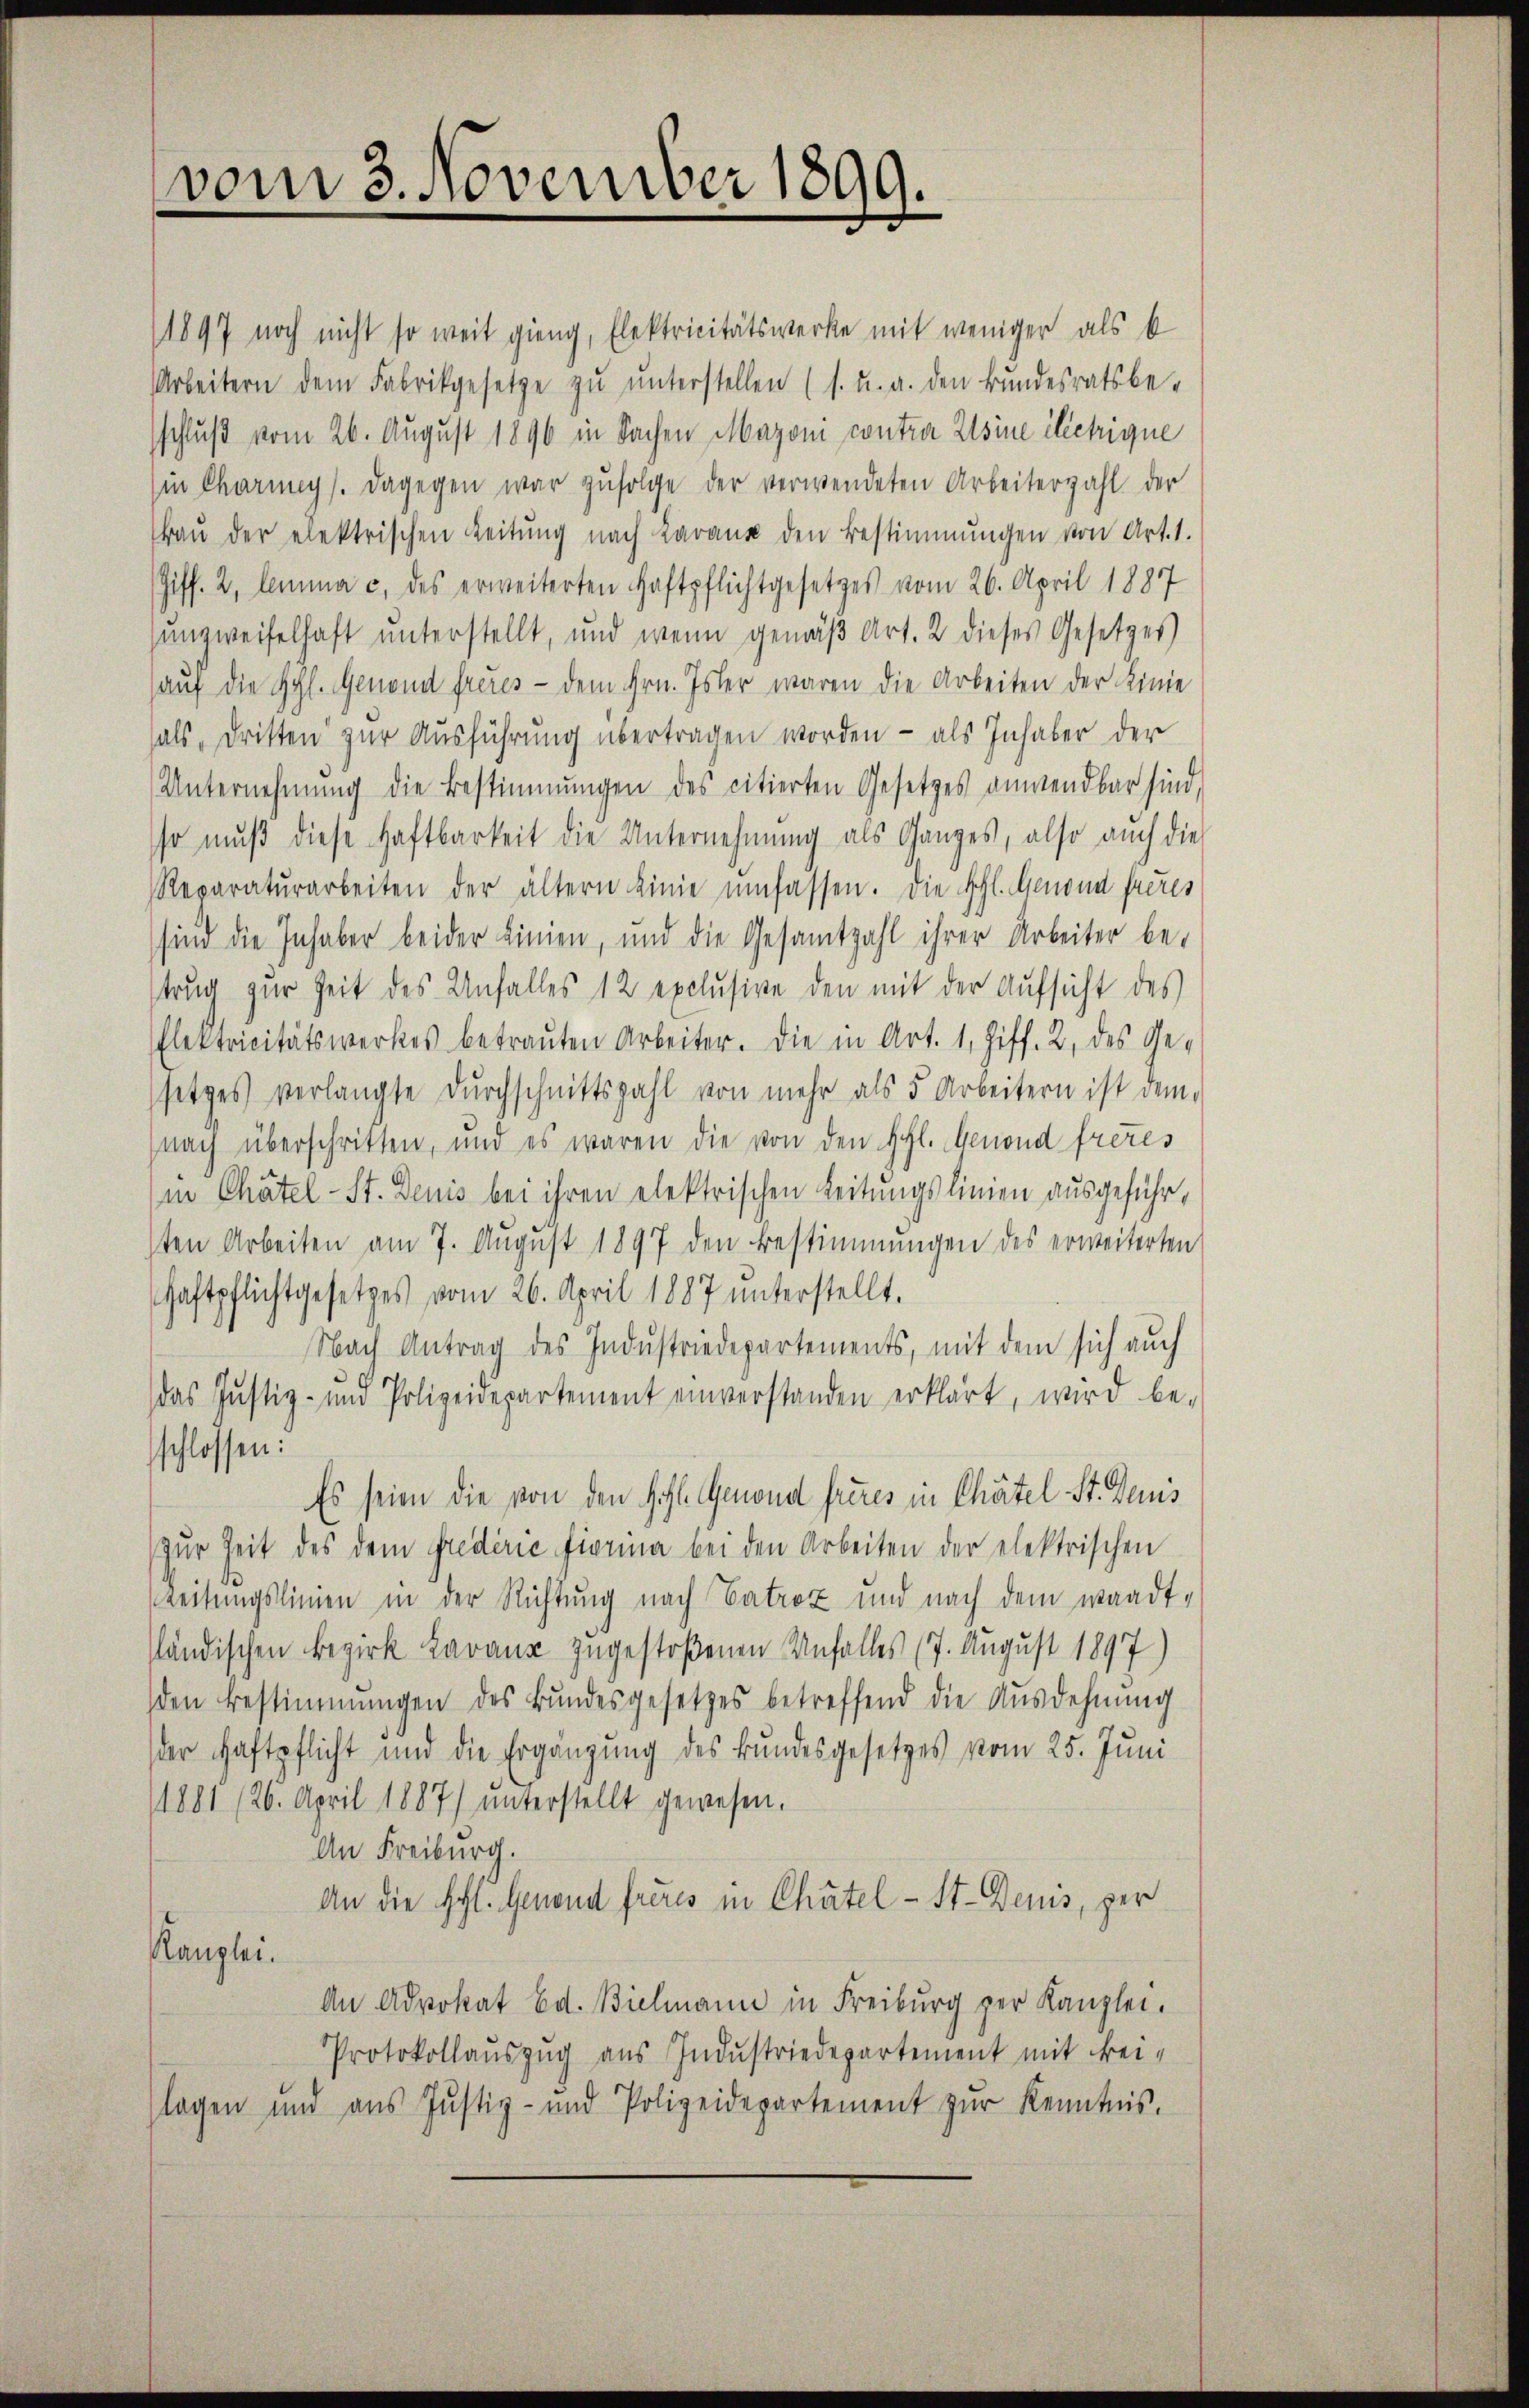
vom 3. November 1899.

1897 noch nicht so weit gieng, Elektricitätswerke mit weniger als k
Arbeitern dem Fabrikgesetze zŭ ŭnterstellen (s. u. a. den Bŭndesratsbe-
schluß vom 26. August 1896 in Sachen Mazoni contra Zlsine illetrigue
in Charings. Dagegen war zŭfolge der verwendeten Arbeiterzahl der
baŭ der elektrischen Leitŭng nach daran den Bestimmungen von Art. 1.
(Giff. 2, lemma c. des erweiterten Haftpflichtgesetzes vom 26. April 1887
unzweifelhaft unterstellt, und wenn gemäβ Art. 2 dieses Gesetzes
auf die Kgl. Genamt freies - dem Hrn. Isler waren die Arbeiten der Linie
als, dritten zur Ausführung übertragen worden - als Inhaber der
Unternehmung die Bestimmungen des citierten Gesetzes anwendbar sind,
so muß diese Haftbarkeit die Unternehmung als Ganzes, also auch die
Reparatŭrarbeiten der ältern Linie umfassen. Die Kgl. Genone frères
sind die Inhaber beider Linien, und die Gesamtzahl ihrer Arbeiter be-
trug zur Zeit des Unfalles 12 exclusive den mit der Aufsicht des
Elektricitätswerkes betraŭten Arbeiter. Die in Art. 1, Ziff. 2, des Ge-
setzes verlangte durchschnittszahl von mehr als 5 Arbeitern ist dem
nach überschritten, und es waren die von den Gl. Genond freies
in Chätel-St. Denis bei ihren elektrischen Leitungslinien ausgeführsten Arbeiten am 7. Aŭgŭst 1897 den Bestimmungen des erweiterten
Haftpflichtgesetzes vom 26. April 1887 ŭnterstellt.
Nach Antrag des Industriedepartements, mit dem sich auch
das Justiz- und Polizeidepartement einverstanden erklärt, wird be-
sschlossen:
Es seien die von den 4 fl. Genond frues in Chätel St. Denis
zŭr Zeit des dem Fredérić fierina bei den Arbeiten der elektrischen
Leitungslinien in der Richtung nach Patroz und nach dem waadt-
sländischen Bezirk daran zugestoßenen Unfalles (7. August 1897)
den Bestimmungen des Bundesgesetzes betreffend die Ausdehnung
der Haftpflicht und die Ergänzung des Bundesgesetzes vom 25. Juni
1881 (26. April 1887/ ŭnterstellt gewesen.
An Freiburg.
An die Frl. Genand freies in Chätel-St-Denis, per
Kanzlei.
An Advokat Ed. Bielmann in Freiburg per Kanzlei.
Protokollauszug aus Industriedepartement mit keilagen und aŭs Jŭstiz- und Polizeidepartement zŭr Kenntnis.